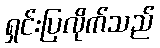
ရှင်းပြလိုက်သည်